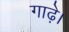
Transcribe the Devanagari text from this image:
गाढ़े।